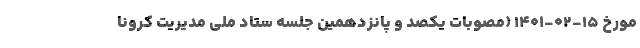
مورخ ۱۵-۰۲-۱۴۰۱ (مصوبات یکصد و پانزدهمین جلسه ستاد ملی مدیریت کرونا